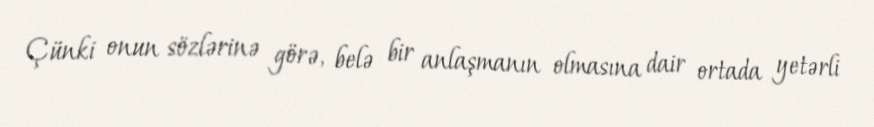
Çünki onun sözlərinə görə, belə bir anlaşmanın olmasına dair ortada yetərli